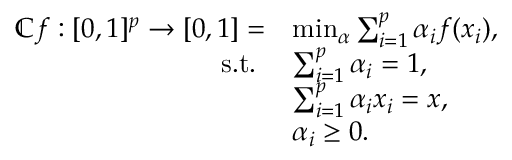
\begin{array} { r l } { \mathbb { C } f : [ 0 , 1 ] ^ { p } \rightarrow [ 0 , 1 ] = } & { \operatorname* { m i n } _ { \alpha } \sum _ { i = 1 } ^ { p } \alpha _ { i } f ( x _ { i } ) , } \\ { \mathrm { s . t . ~ } } & { \sum _ { i = 1 } ^ { p } \alpha _ { i } = 1 , } \\ & { \sum _ { i = 1 } ^ { p } \alpha _ { i } x _ { i } = x , } \\ & { \alpha _ { i } \geq 0 . } \end{array}